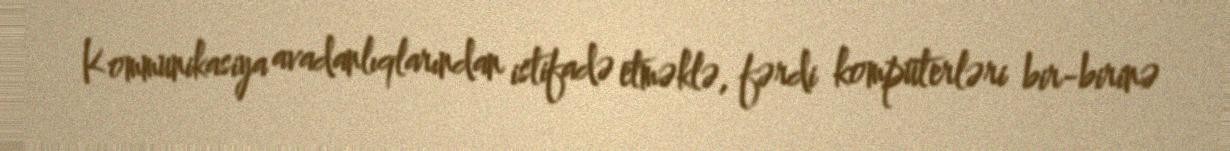
Kommunikasiya avadanlıqlarından istifadə etməklə, fərdi kompüterləri bir-birinə